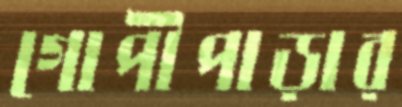
গোপীপাড়ার